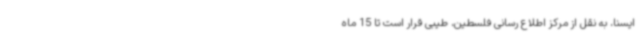
ایسنا، به نقل از مرکز اطلاع رسانی فلسطین، طیبی قرار است تا 15 ماه